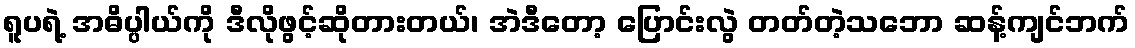
ရူပရဲ့ အဓိပ္ပါယ်ကို ဒီလိုဖွင့်ဆိုတားတယ်၊ အဲဒီတော့ ပြောင်းလွဲ တတ်တဲ့သဘော ဆန့်ကျင်ဘက်